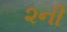
૨ની